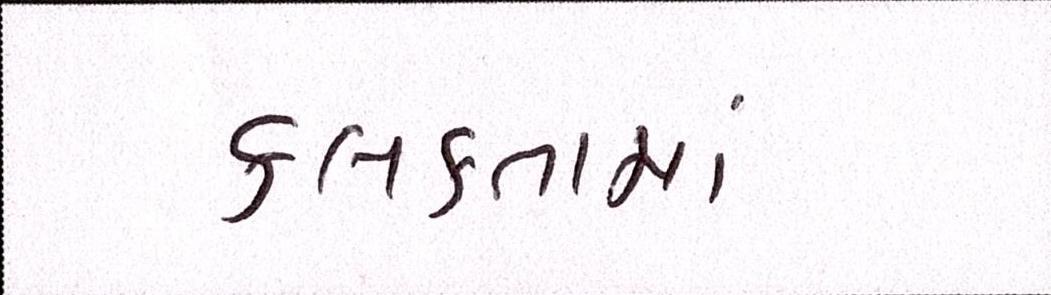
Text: કલકતામાં